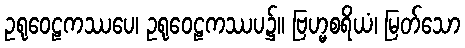
ဥရုဝေဠကဿပေ၊ ဥရုဝေဠကဿပ၌။ ဗြဟ္မစရိယံ၊ မြတ်သော